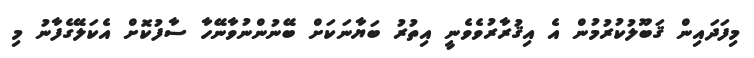
މިފަދައިން ޤަބޫލުކުރުމުން އެ އިޤުރާރުވެވެނީ އިތުރު ބަޔާނަކަށް ބޭނުންނުވާނޭހާ ސާފުކޮށް އެކަލޭގެފާނު މި